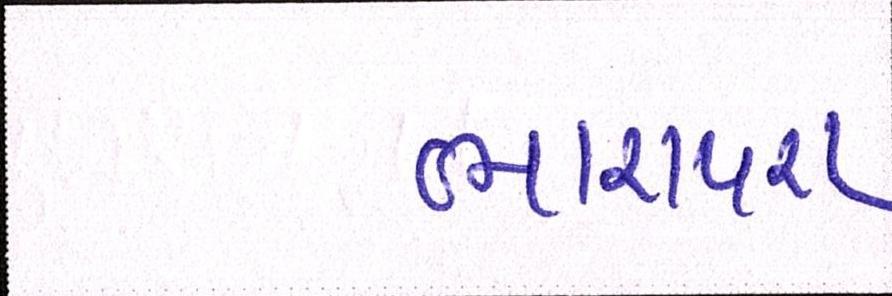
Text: ભારાપરા